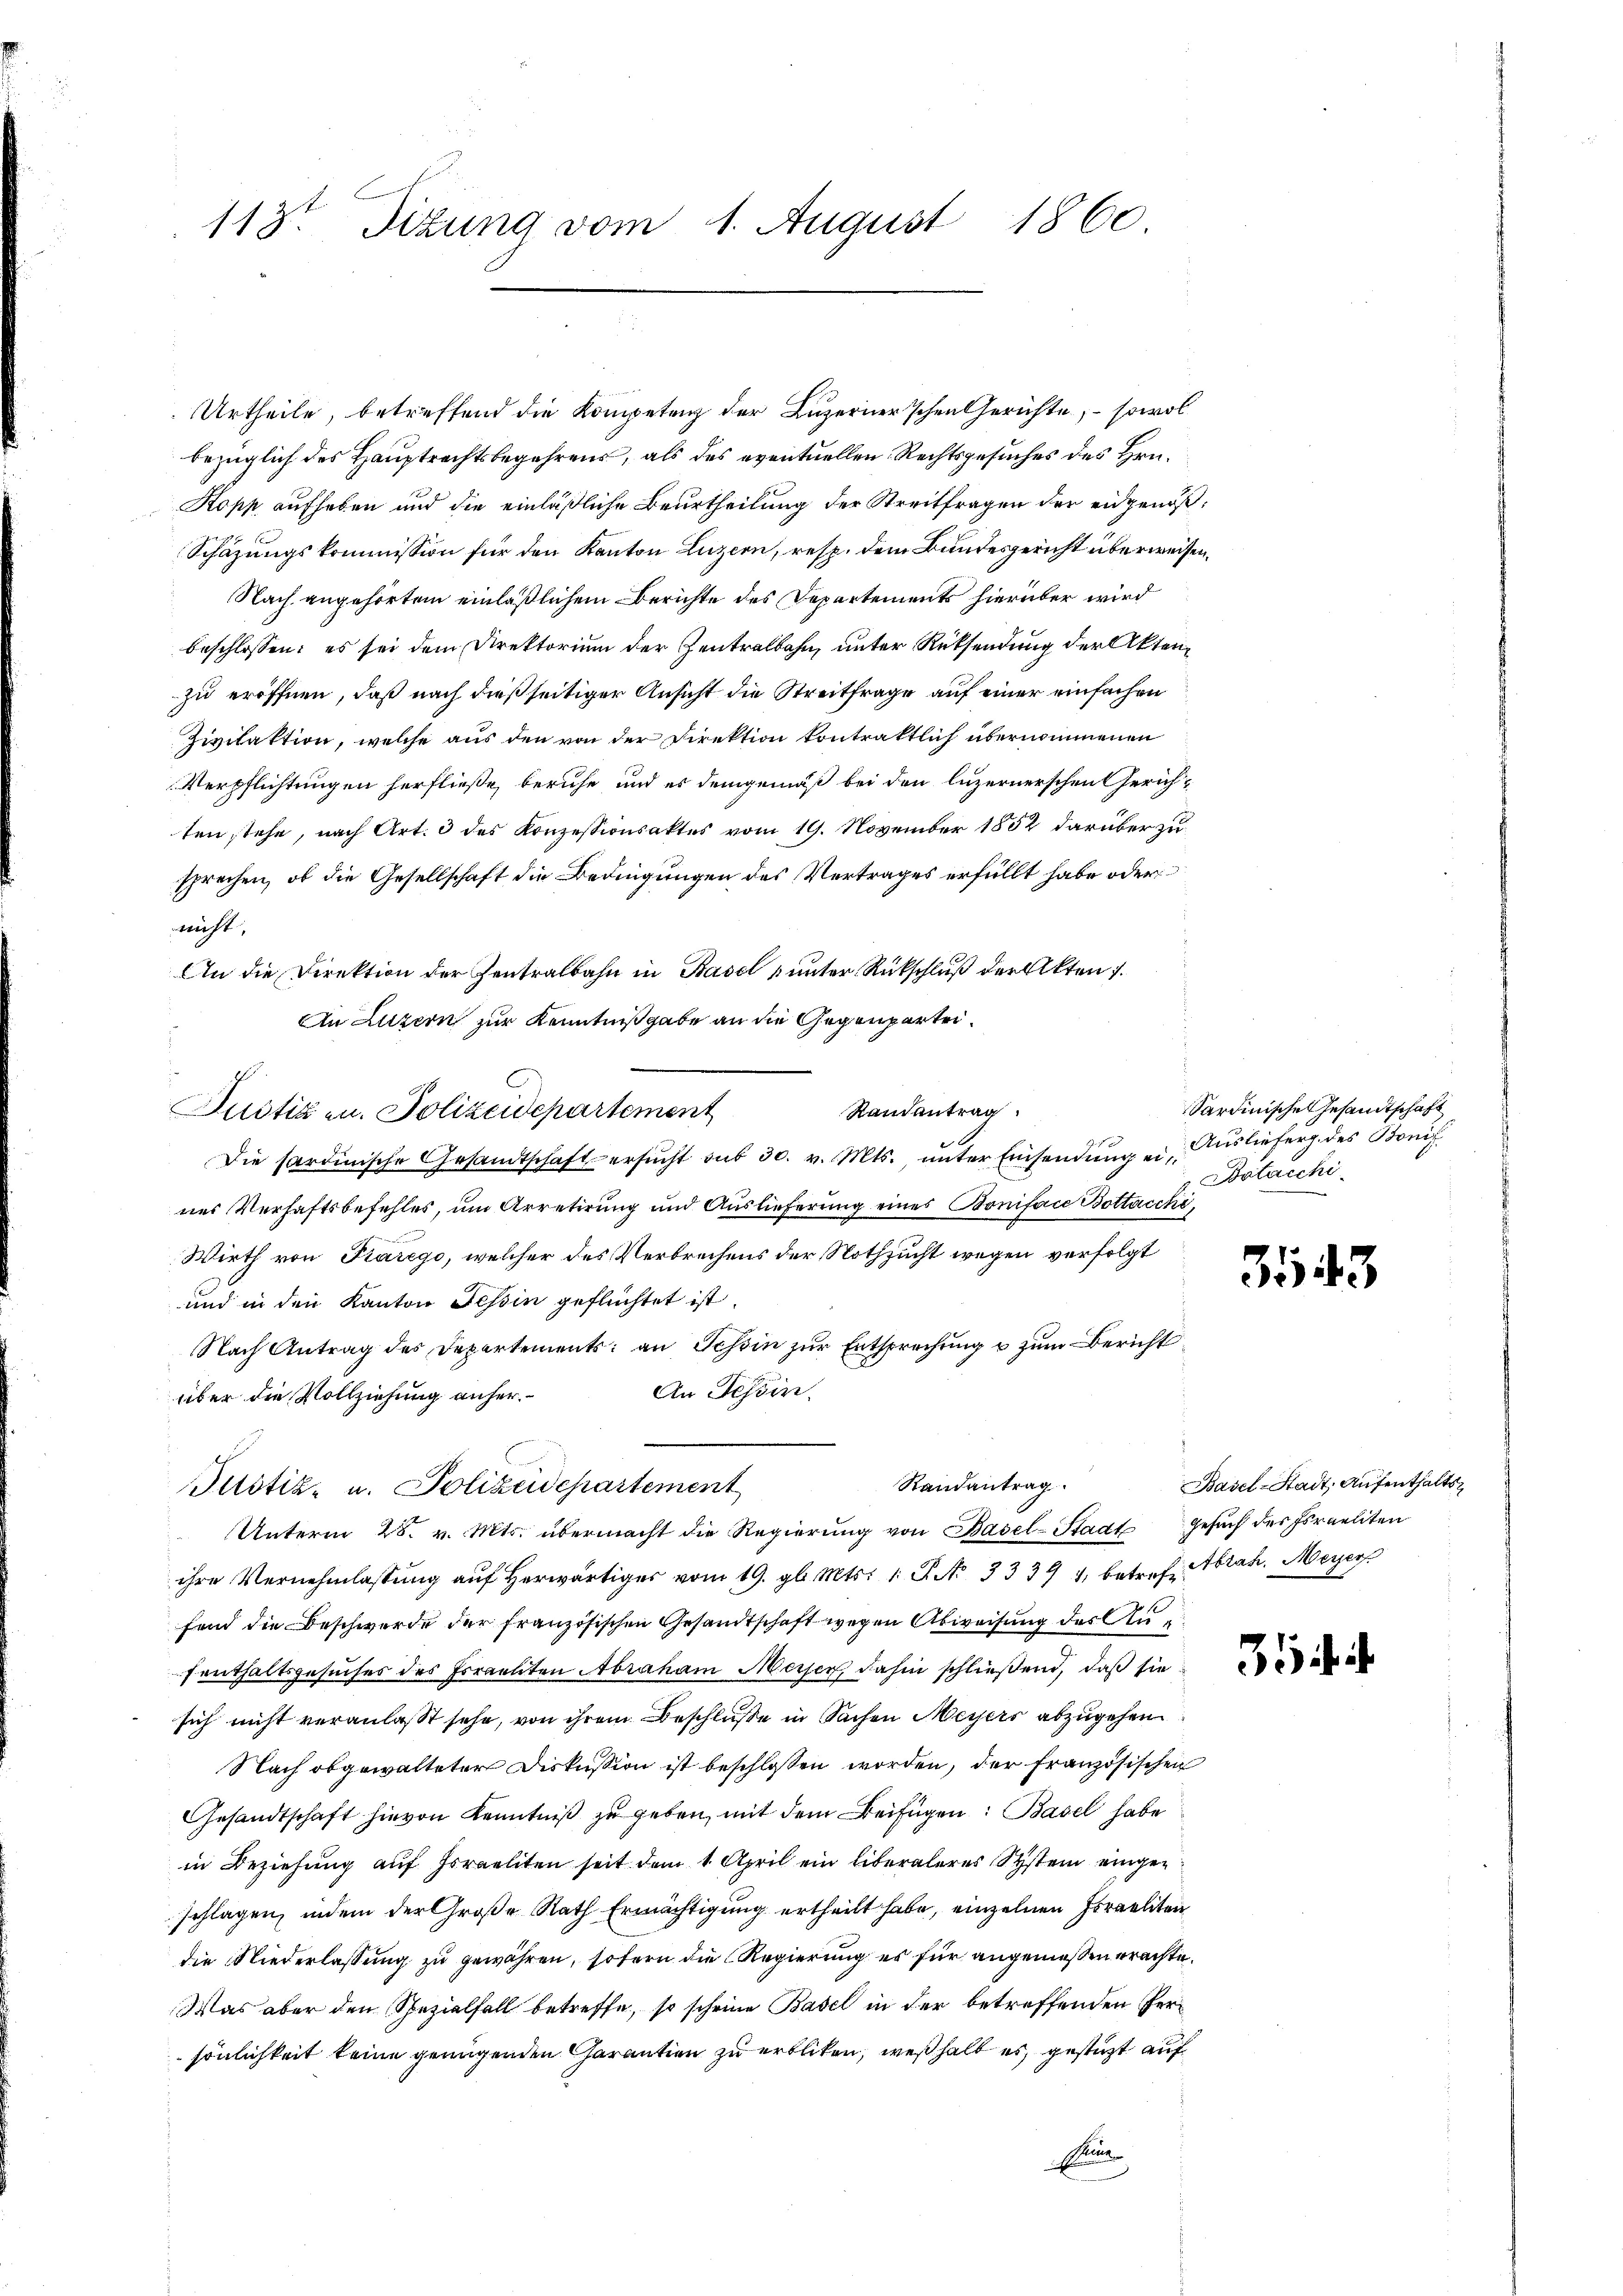
E
113. Sitzung vom 1. August 1860

Urtheile, betreffend die Kompetenz der Luzerner’schen Gerichte, – sowol
bezüglich des Hauptrechtsbegehrens, als des eventuellen Rechtsgesuches des Hrn.
Kopp aufheben und die einläßliche Beurtheilung der Streitfragen der eidgenöß¬
Schäzungskommission für den Kanton Luzern, resp. dem Bundesgericht überweisen,
Nach angehörtem einläßlichem Berichte des Departements hierüber wird
beschlossen: es sei dem Direktorium der Zentralbahn, unter Rücksendung der Aktenzu eröffnen, daß nach dießseitiger Ansicht die Streitfrage auf einer einfachen
Zivilaktion, welche aus den von der Direktion kontraktlich übernommenen
Verpflichtungen herfließe, beruhe und es demgemäß bei den luzernerschen Gerichten stehe, nach Art. 3 des Konzessionsaktes vom 19. November 1852 darüber zu
sprechen, ob die Gesellschaft die Bedingungen des Vertrages erfüllt habe oder
nicht,
An die Direktion der Zentralbahn in Basel unter Rückschluß der Akten 1.
An Luzern zur Kenntnißgabe an die Gegenpartei¬
Randantrag.
Die sardinische Gesandtschaft ersŭcht sub 30. v. Mts., unter Einsendung eines Verhaftsbefehles, um Arretirung und Auslieferung eines Boniface Bottacchi,
Wirth von Parego, welcher des Verbrechens der Nothzucht wegen verfolgt
und in den Kanton Tessin geflüchtet ist.
Nach Antrag des Departements: an Schin zur Entsprechung u zum Bericht
An Tessin.
über die Vollziehung anher¬
Randantrag
Justiz- u. Polizeidepartement
Unterm 28. v. Mts. übermacht die Regierŭng von Basel-Stadt Gesŭch der Israeliten
ihre Vernehmlassŭng aŭf herwärtiger vom 19. gl. Mts. 1. P. Nr. 333 1, betref Abrah. Meyer
fend die Beschwerde der französischen Gesandtschaft wegen Abweisung des Anfenthaltsgesuches des Errechten Abraham Meiser, dahin schließend, daß sie
sich nicht veranlasst sehe, von ihrem Beschluße in Sachen Meyers abzugehen
Nach abgewalteter Diskussion ist beschlossen worden, der Französischen
Gesandtschaft hievon Kenntniß zu geben, mit dem Beifügen: Basel habe
in Beziehung auf Israeliten seit dem 1. April ein liberaleres System eingeschlagen, indem der Große Rath Ermächtigung ertheilt habe, einzelnen Israeliten
die Niederlassung zu gewähren, sofern die Regierung es für angemeßen erachte.
Was aber den Spezialfall betreffe, so scheine Basel in der betreffenden Persönlichkeit keine genügenden Garantien zu erblicken, weßhalb es, gestützt auf
E

1

Justiz u. Polizeidepartement

Sardinisches Gesandtschaft
Auslieferg des Bonif
Botacchi

3543

Basel-Stadt, Aufenthalts¬